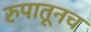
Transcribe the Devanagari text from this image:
रुपातूनच